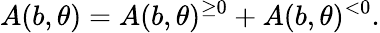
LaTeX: A(b,\theta)=A(b,\theta)^{\geq 0}+A(b,\theta)^{<0}.